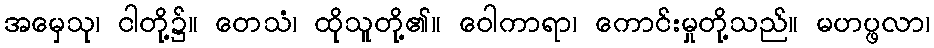
အမှေသု၊ ငါတို့၌။ တေသံ၊ ထိုသူတို့၏။ ဝေါကာရာ၊ ကောင်းမှုတို့သည်။ မဟပ္ဖလာ၊